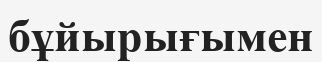
бұйырығымен